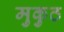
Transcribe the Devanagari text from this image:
मुकुठ